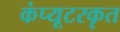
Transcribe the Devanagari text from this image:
कंप्यूटरकृत